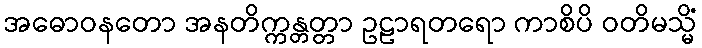
အဓောဝနတော အနတိက္ကန္တတ္တာ ဥဠာရတရော ကာစိပိ ဝတိမသ္မိံ